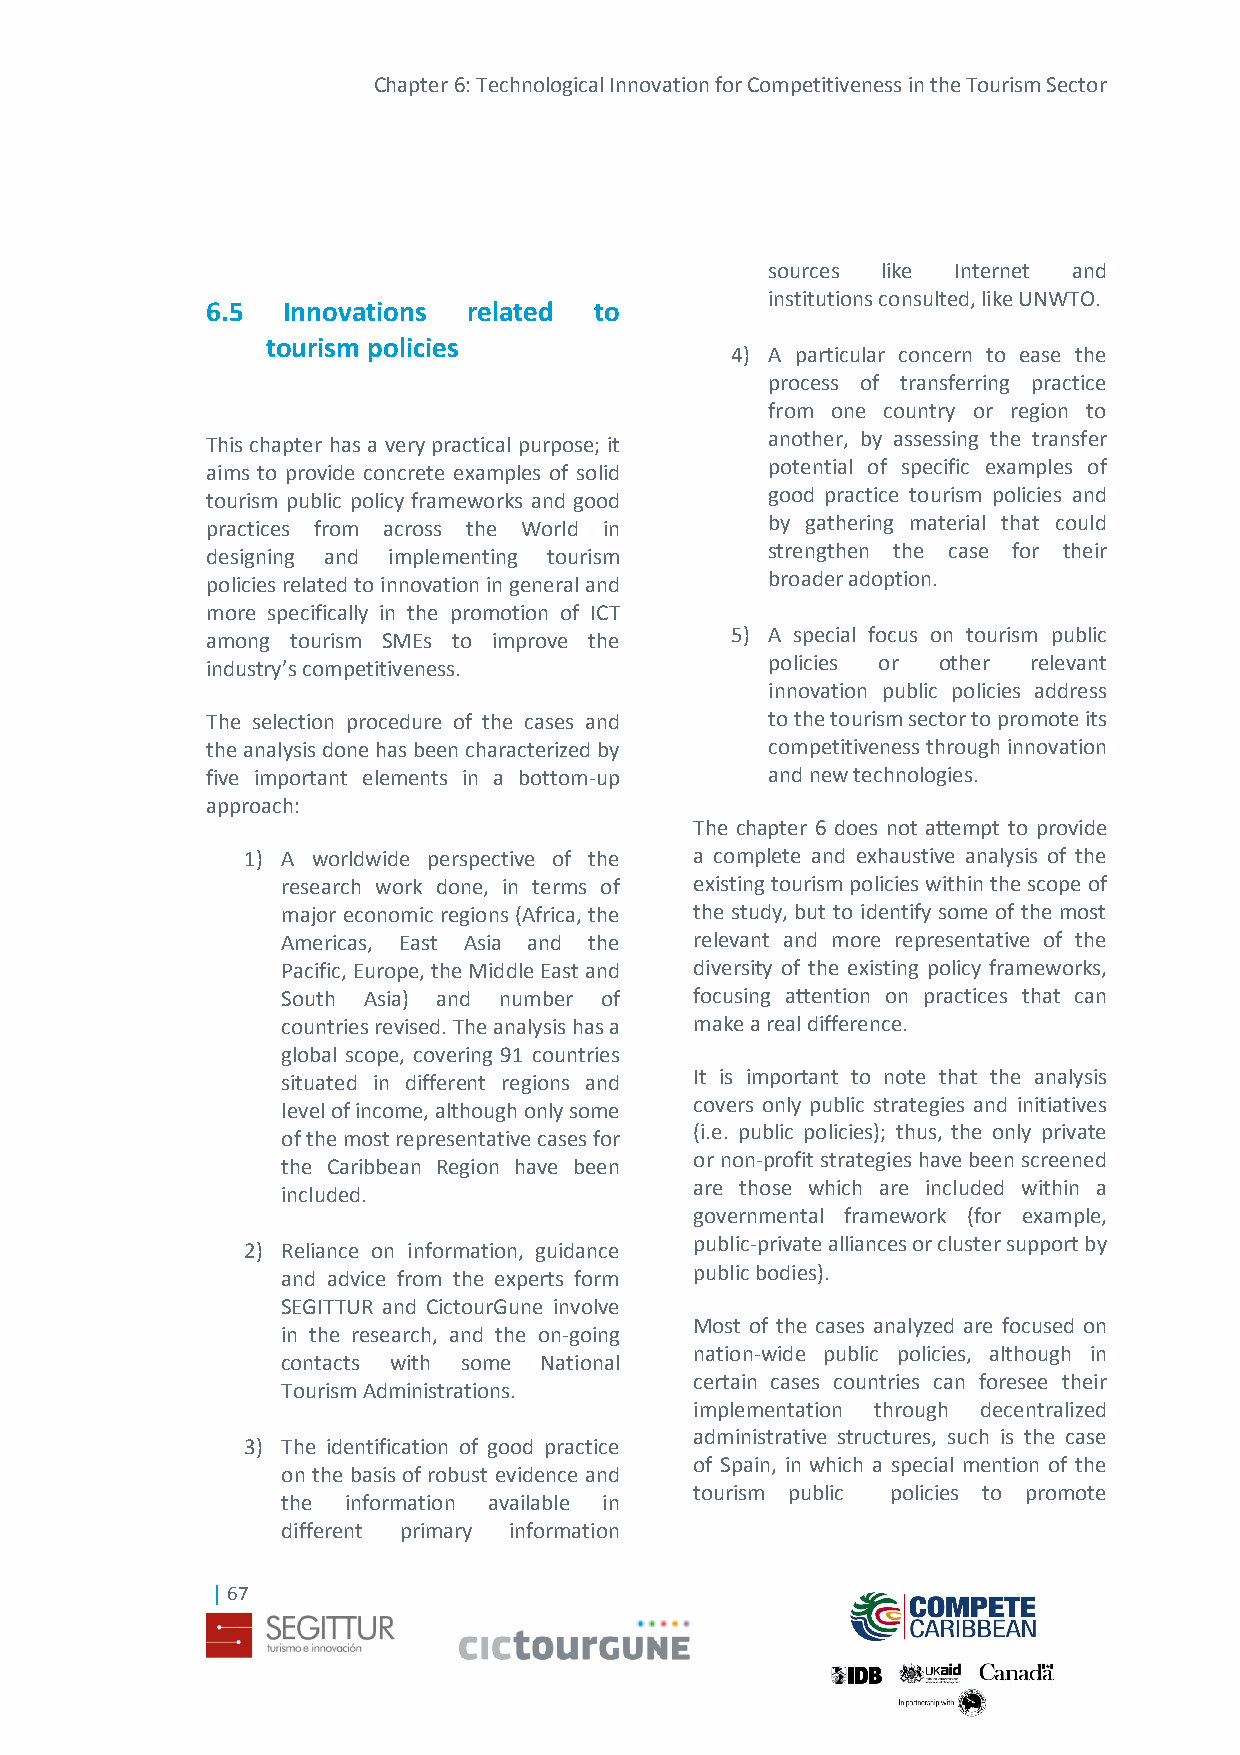
Chapter 6: Technological Innovation for Competitiveness in the Tourism Sector
 sources like Internet and
 institutions consulted, like UNWTO.
 6.5  Innovations related to
 tourism policies
 4) A particular concern to ease the
 process of transferring practice
 from one country or region to
 This chapter has a very practical purpose; it another, by assessing the transfer
 aims to provide concrete examples of solid potential of specific examples of
 tourism public policy frameworks and good good practice tourism policies and
 by gathering material that could
 practices from across the World in
 strengthen the case for their
 designing and implementing tourism
 broader adoption.
 policies related to innovation in general and
 more specifically in the promotion of ICT
 among tourism SMEs to improve the 5) A special focus on tourism public
 industry’s competitiveness.          policies or other relevant
 innovation public policies address
 The selection procedure of the cases and to the tourism sector to promote its
 the analysis done has been characterized by competitiveness through innovation
 five important elements in a bottom-up and new technologies.
 approach:
 The chapter 6 does not attempt to provide
 1) A worldwide perspective of the a complete and exhaustive analysis of the
 research work done, in terms of existing tourism policies within the scope of
 major economic regions (Africa, the the study, but to identify some of the most
 Americas, East Asia and the relevant and more representative of the
 Pacific, Europe, the Middle East and diversity of the existing policy frameworks,
 South Asia) and number of  focusing attention on practices that can
 countries revised. The analysis has a make a real difference.
 global scope, covering 91 countries
 situated in different regions and It is important to note that the analysis
 level of income, although only some covers only public strategies and initiatives
 (i.e. public policies); thus, the only private
 of the most representative cases for
 or non-profit strategies have been screened
 the Caribbean Region have been
 are those which are included within a
 included.
 governmental framework (for example,
 2) Reliance on information, guidance public-private alliances or cluster support by
 and advice from the experts form public bodies).
 SEGITTUR and CictourGune involve
 Most of the cases analyzed are focused on
 in the research, and the on-going
 nation-wide public policies, although in
 contacts with some National
 certain cases countries can foresee their
 Tourism Administrations.
 implementation through decentralized
 administrative structures, such is the case
 3) The identification of good practice
 of Spain, in which a special mention of the
 on the basis of robust evidence and
 tourism public policies to promote
 the information available in
 different primary information
 | 67